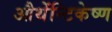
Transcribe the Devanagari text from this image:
औथेंन्टिकेष्ण